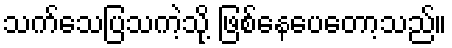
သက်သေပြသကဲ့သို့ ဖြစ်နေပေတော့သည်။